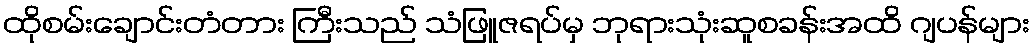
ထိုစမ်းချောင်းတံတား ကြီးသည် သံဖြူဇရပ်မှ ဘုရားသုံးဆူစခန်းအထိ ဂျပန်များ